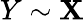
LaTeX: Y\sim\mathbf{X}